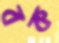
বক